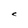
Character: C